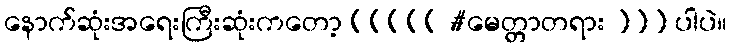
နောက်ဆုံးအရေးကြီးဆုံးကတော့ ((((( #မေတ္တာတရား ))) ပါပဲ။